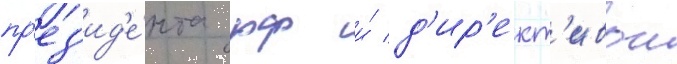
пр'ез'ид'е́нта рф и́ д'ир'ект'ивои